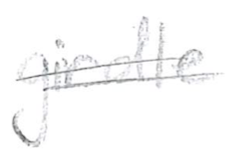
Text: girdle
Cross-out: double-line
Writing tool: pencil